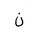
Letter: _non